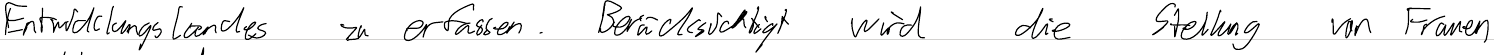
Entwicklungslandes zu erfassen. Berücksichtigt wird die Stellung von Frauen